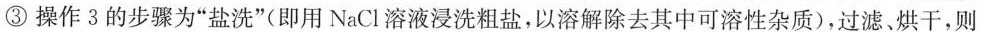
③操作3的步骤为”盐洗”(即用NaCl溶液浸洗粗盐，以溶解除去其中可溶性杂质)，过滤、烘干，则